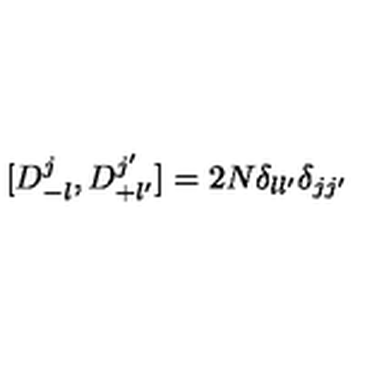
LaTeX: [ D _ { - l } ^ { j } , D _ { + l ^ { \prime } } ^ { j ^ { \prime } } ] = 2 N \delta _ { l l ^ { \prime } } \delta _ { j j ^ { \prime } }